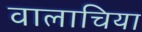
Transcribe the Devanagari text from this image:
वालाचिया